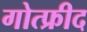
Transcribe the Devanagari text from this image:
गोत्फ्रीद